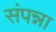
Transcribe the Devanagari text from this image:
संपन्ना